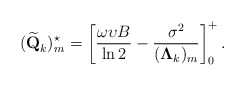
\begin{align*}(\widetilde{\textbf{Q}}_k)_{m}^{\star}=\left[\frac{\omega \upsilon B}{\ln 2}-\frac{\sigma^2}{(\mathbf{\Lambda}_k)_{m}}\right]_0^+.\end{align*}